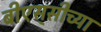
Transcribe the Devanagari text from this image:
बीएस्‌सीच्या